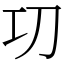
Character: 㓛